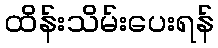
ထိန်းသိမ်းပေးရန်